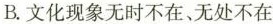
B.文化现象无时不在、无处不在